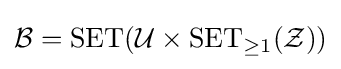
{\mathcal {B}}=\operatorname {SET} ({\mathcal {U}}\times \operatorname {SET} _{\geq 1}({\mathcal {Z}}))